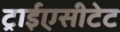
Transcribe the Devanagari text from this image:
ट्राईएसीटेट